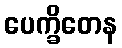
ပေက္ခိတေန